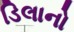
ડિલાનો